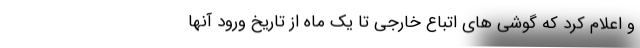
و اعلام کرد که گوشی های اتباع خارجی تا یک ماه از تاریخ ورود آنها